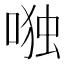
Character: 𰈋